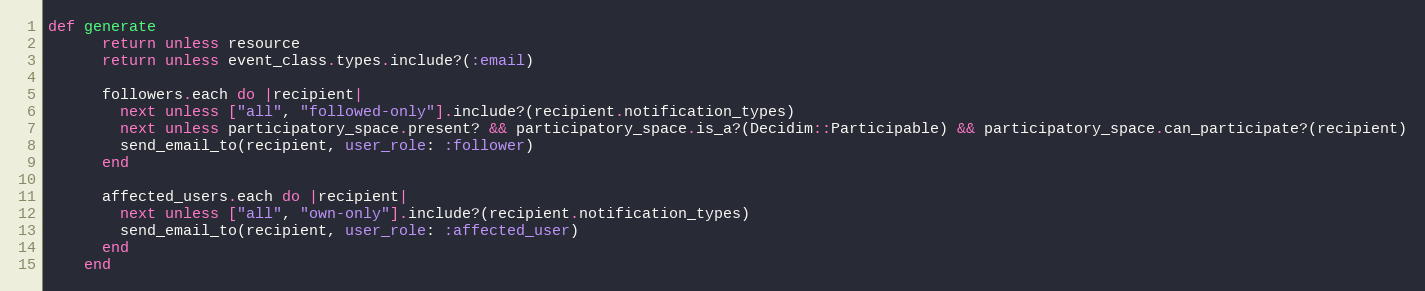
Language: Ruby
def generate
      return unless resource
      return unless event_class.types.include?(:email)

      followers.each do |recipient|
        next unless ["all", "followed-only"].include?(recipient.notification_types)
        next unless participatory_space.present? && participatory_space.is_a?(Decidim::Participable) && participatory_space.can_participate?(recipient)
        send_email_to(recipient, user_role: :follower)
      end

      affected_users.each do |recipient|
        next unless ["all", "own-only"].include?(recipient.notification_types)
        send_email_to(recipient, user_role: :affected_user)
      end
    end